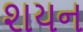
શયન